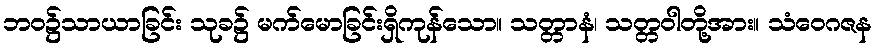
ဘဝ၌သာယာခြင်း သုခ၌ မက်မောခြင်းရှိကုန်သော။ သတ္တာနံ၊ သတ္တဝါတို့အား။ သံဝေဂဇန